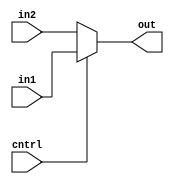
module Mux2_1(out,cntrl,in1,in2);
input cntrl,in1,in2;
output out;
assign out = cntrl ? in1 : in2;
endmodule